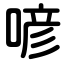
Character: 喭